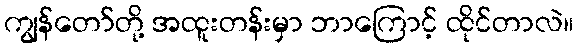
ကျွန်တော်တို့ အထူးတန်းမှာ ဘာကြောင့် ထိုင်တာလဲ။